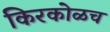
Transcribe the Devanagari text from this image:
किरकोळच